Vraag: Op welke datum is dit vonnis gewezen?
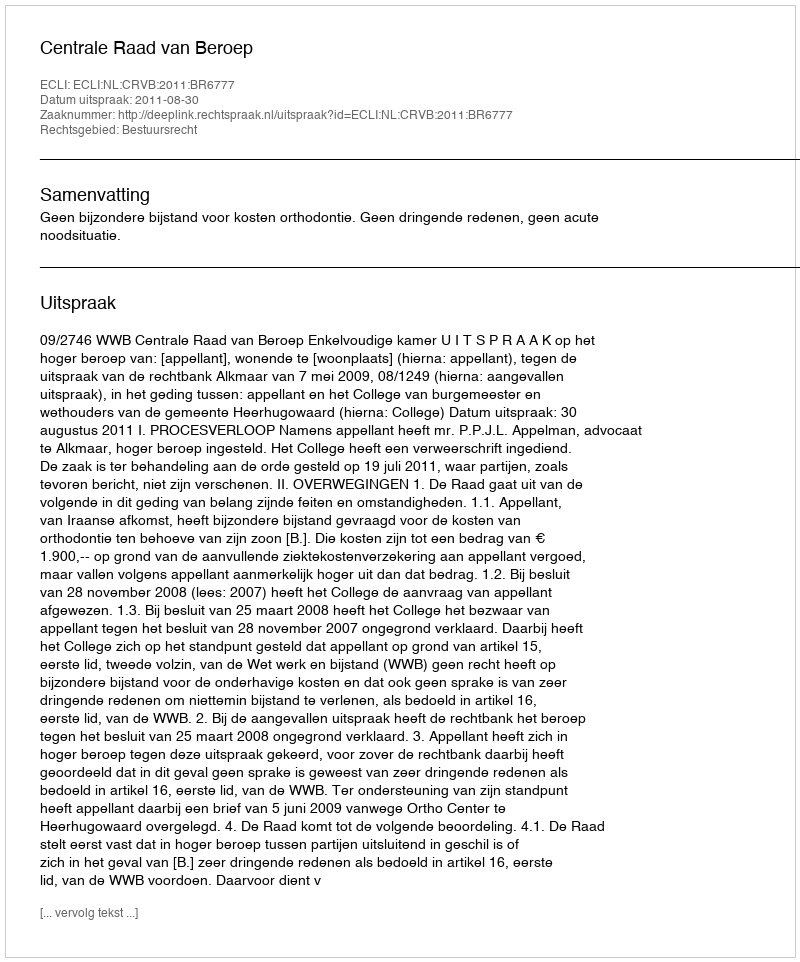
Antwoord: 2011-08-30